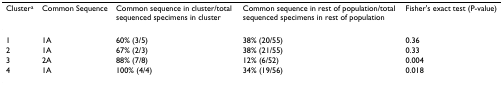
<table><thead><tr><td><b>Cluster<sup>a</sup></b></td><td><b>Common Sequence</b></td><td><b>Common sequence in cluster/total sequenced specimens in cluster</b></td><td><b>Common sequence in rest of population/total sequenced specimens in rest of population</b></td><td><b>Fisher&#x27;s exact test (P-value)</b></td></tr></thead><tbody><tr><td>1</td><td>1A</td><td>60% (3/5)</td><td>38% (20/55)</td><td>0.36</td></tr><tr><td>2</td><td>1A</td><td>67% (2/3)</td><td>38% (21/55)</td><td>0.33</td></tr><tr><td>3</td><td>2A</td><td>88% (7/8)</td><td>12% (6/52)</td><td>0.004</td></tr><tr><td>4</td><td>1A</td><td>100% (4/4)</td><td>34% (19/56)</td><td>0.018</td></tr></tbody></table>